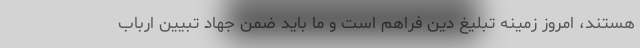
هستند، امروز زمینه تبلیغ دین فراهم است و ما باید ضمن جهاد تبیین ارباب